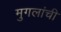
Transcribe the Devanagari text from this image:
मुगलांची